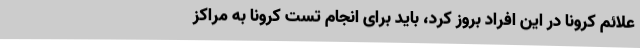
علائم کرونا در این افراد بروز کرد، باید برای انجام تست کرونا به مراکز